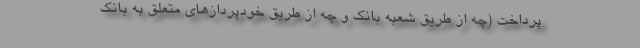
پرداخت (چه از طریق شعبه بانک و چه از طریق خودپردازهای متعلق به بانک